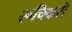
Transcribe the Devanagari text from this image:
रूचिकरी